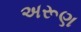
અરૂણ